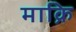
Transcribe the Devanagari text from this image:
माक्रि